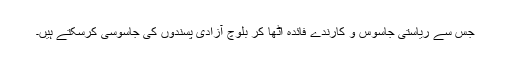
جس سے ریاستی جاسوس و کارندے فائدہ اُٹھا کر بلوچ آزادی پسندوں کی جاسوسی کرسکتے ہیں۔